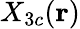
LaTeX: X_{3c}(\mathbf{r})